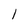
Character: I